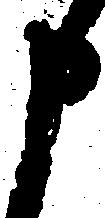
申